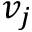
v _ { j }